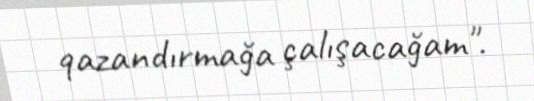
qazandırmağa çalışacağam".